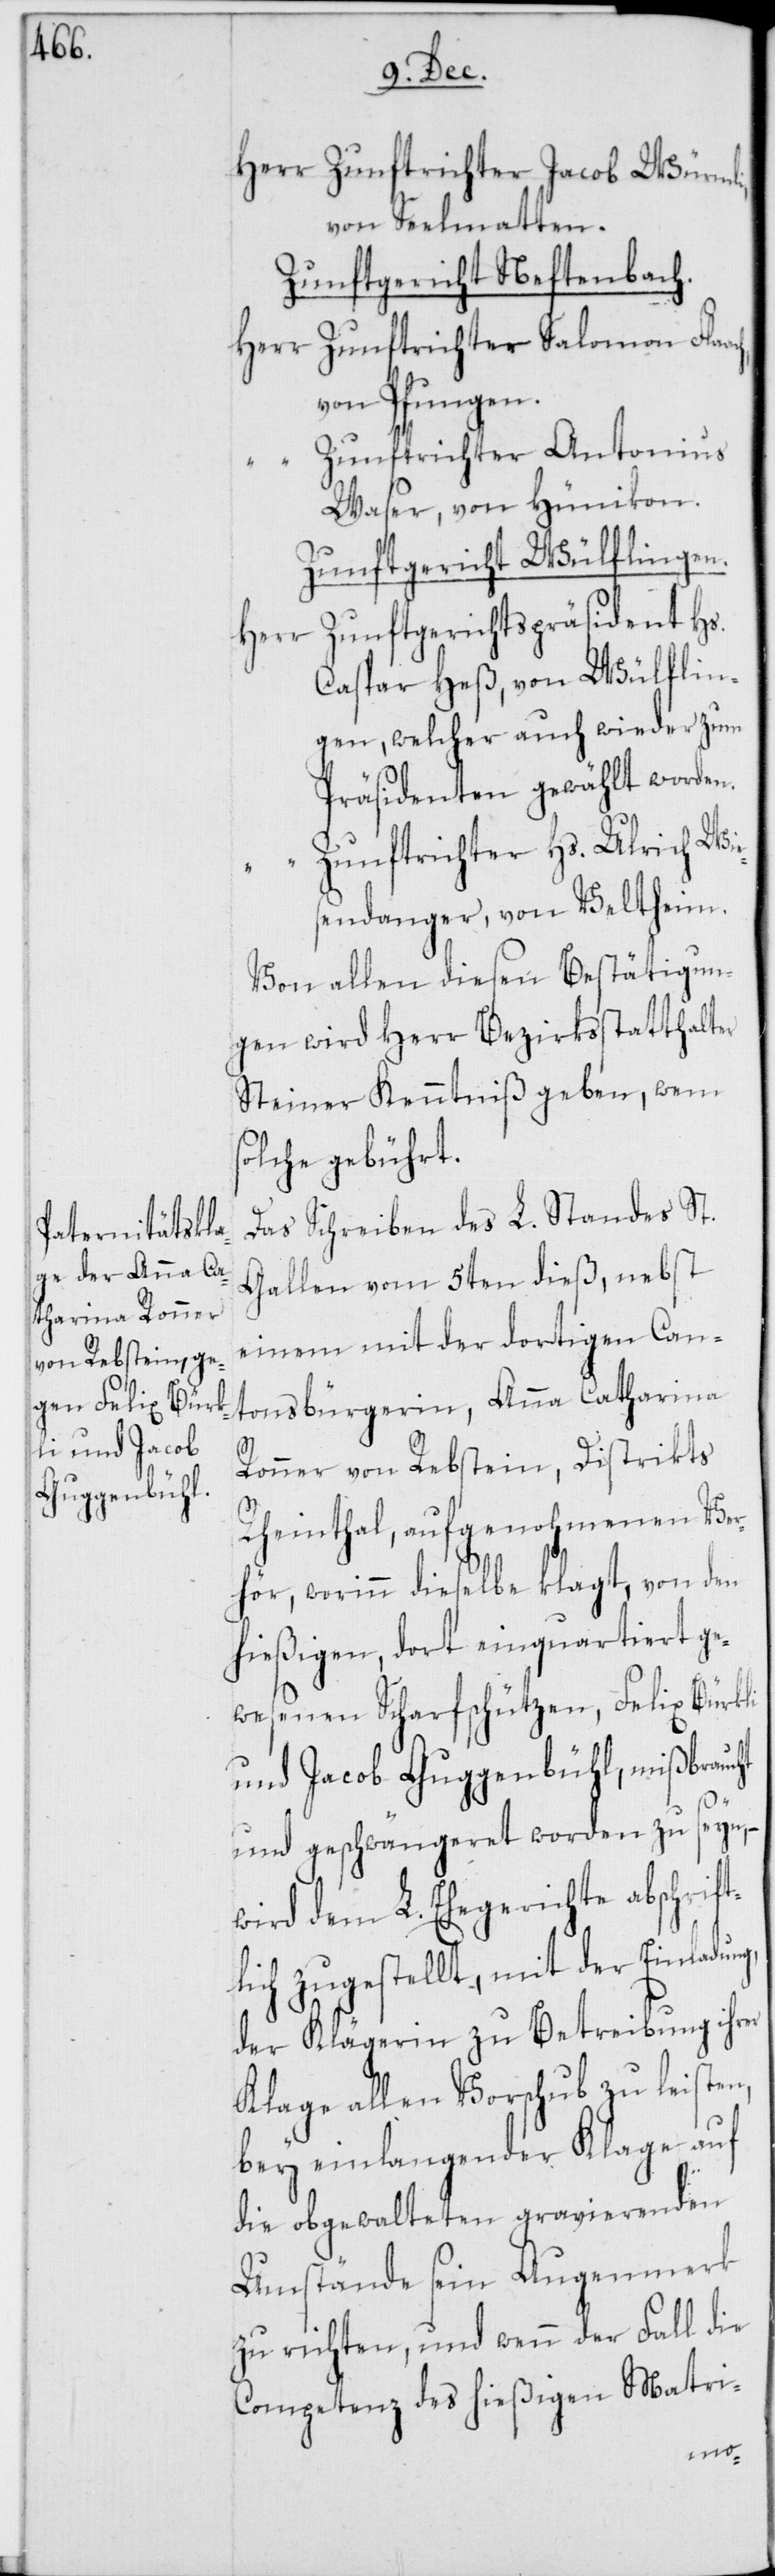
Herr Zunftrichter Jacob Würmli
von Seelmatten.
Zunftgericht Neftenbach.
Herr Zunftrichter Salomon Fla¬
von Pfungen.
Zunftrichter Antonius
Waser, von Hünikon.
Zunftgericht Wülflingen.
Zunftgerichtspräsident Hs.
Herr
Caspar Heß, von Wülflin¬
gen, welcher auch wieder zum
Präsidenten gewählt worden.
Zunftrichter Hs. Ulrich Wie¬
sendanger, von Veltheim.
Von allen diesen Bestätigun¬
gen wird Herr Bezirksstatthalter
Steiner Kenntniß geben, wem
solche gebührt.
Das Schreiben des L. Standes St.
Gallen vom 5ten dieß, nebst
einem mit der dortigen Can¬
tonsbürgerin Anna Catharina
Ronner von Rebstein, Distrikts
Rheinthal, aufgenohmenen Ver¬
hör, worinn dieselbe klagt, von den
hießigen, dort einquartiert ge¬
wesenen Scharfschützen, Felix Bürkli
und Jacob Guggenbühl, mißbraucht
und geschwängeret worden zu seyn,
wird dem L. Ehegericht abschrif¬
tlich zugestellt, mit der Einladung,
der Klägerin zu Betreibung ihrer
Klage allen Vorschub zu leisten,
bey einlangender Klage auf
die obgewalteten gravierenden
Umstände sein Augenmerk
zu richten, und wenn der Fall die
Competenz des hießigen Matri-
ach,